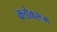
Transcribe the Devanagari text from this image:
क्लोकरूम